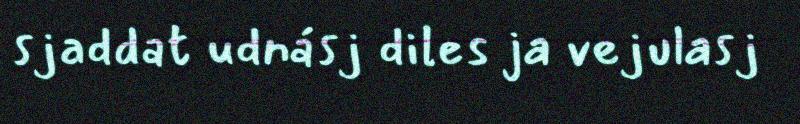
sjaddat udnásj diles ja vejulasj